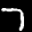
Label: 7